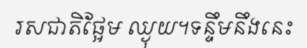
រសជាតិផ្អែម ឈ្ងុយ។ទន្ទឹមនឹងនេះ